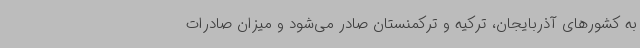
به کشورهای آذربایجان، ترکیه و ترکمنستان صادر می‌شود و میزان صادرات